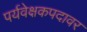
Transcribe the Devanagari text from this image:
पर्यवेक्षकपदावर